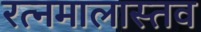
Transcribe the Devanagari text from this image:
रत्नमालास्तव